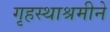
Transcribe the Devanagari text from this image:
गृहस्थाश्रमीने